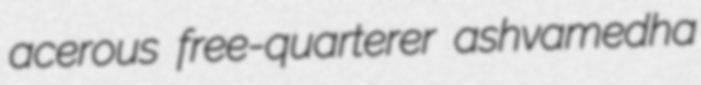
acerous free-quarterer ashvamedha